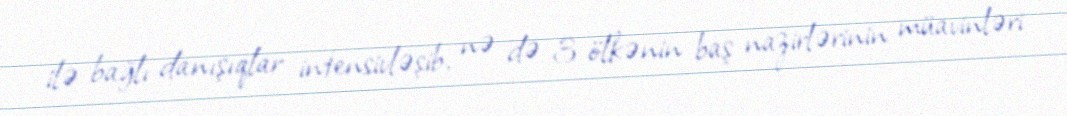
ilə bağlı danışıqlar intensivləşib, nə də 3 ölkənin baş nazirlərinin müavinləri